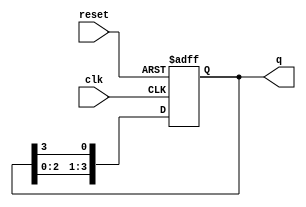
module bistable_ring_counter (
    input wire clk,          // Clock input
    input wire reset,        // Reset input
    output reg [N-1:0] q     // Output state of the counter
);
    parameter N = 4;         // Number of flip-flops (change as needed)

    // Initial state
    initial begin
        q = 1;               // Initialize the counter to 0001
    end

    always @(posedge clk or posedge reset) begin
        if (reset) begin
            q <= 1;          // Reset the counter to 0001
        end else begin
            // Shift the bits to the right
            q <= {q[N-2:0], q[N-1]}; // Rotate the bits
        end
    end
endmodule